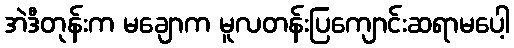
အဲဒီတုန်းက မချောက မူလတန်းပြကျောင်းဆရာမပေါ့